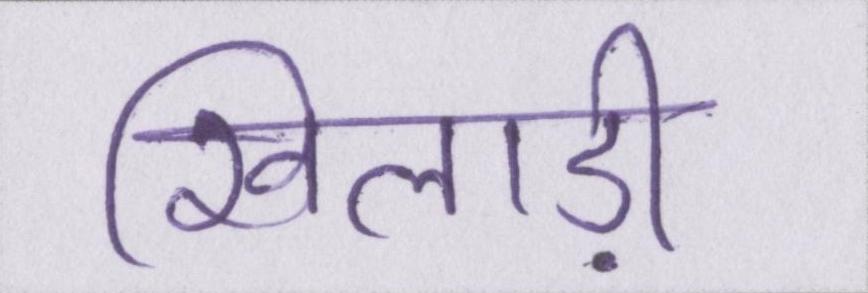
खिलाड़ी